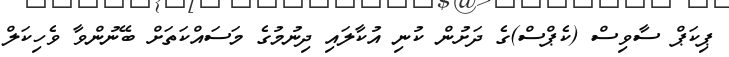
ޕިކަޕް ސާވިސް (ކެޕްސް)ގެ ދަށުން ކުނި އުކާލައި ދިނުމުގެ މަސައްކަތަށް ބޭނުންވާ ވެހިކަލް